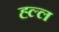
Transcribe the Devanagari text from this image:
ह्ल्ल